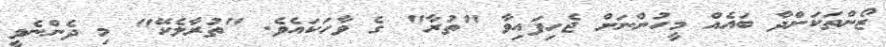
ޒޯންތަކަށްދާ ބައެއް މީހުންނަށް ޖެހިފައިވާ "ތުރާ" ގެ ވާހަކައެވެ. "ތުރާލެކޭ" މި ދެންނެވީ